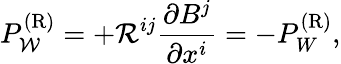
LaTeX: P_{\cal{W}}^{(\mathrm{{R}})}=+{\cal{R}}^{ij}\frac{\partial B^{j}}{\partial x^{i}}=-P_{W}^{(\mathrm{{R}})},